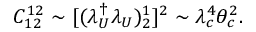
C _ { 1 2 } ^ { 1 2 } \sim [ ( \lambda _ { U } ^ { \dagger } \lambda _ { U } ) _ { 2 } ^ { 1 } ] ^ { 2 } \sim \lambda _ { c } ^ { 4 } \theta _ { c } ^ { 2 } .